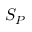
S _ { P }